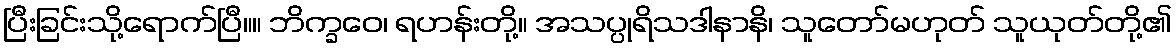
ပြီးခြင်းသို့ရောက်ပြီ။။ ဘိက္ခဝေ၊ ရဟန်းတို့။ အသပ္ပုရိသဒါနာနိ၊ သူတော်မဟုတ် သူယုတ်တို့၏